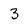
Character: 3